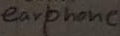
Text: earphone